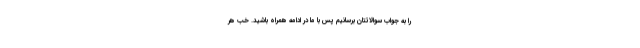
را به جواب سوالاتتان برسانیم پس با ما در ادامه همراه باشید. خب هر